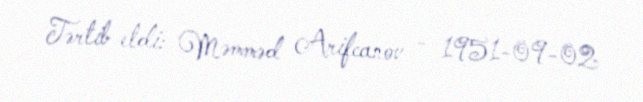
Tərtib etdi: Məmməd Arifcanov - 1951-09-02